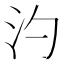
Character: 汋